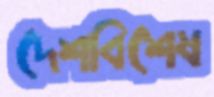
দেশবিশেষ